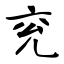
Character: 兖